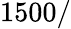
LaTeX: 1500/